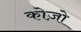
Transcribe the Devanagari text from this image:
कोज़ो